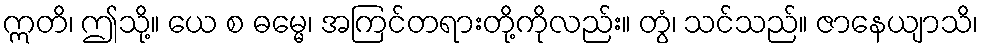
ဣတိ၊ ဤသို့။ ယေ စ ဓမ္မေ၊ အကြင်တရားတို့ကိုလည်း။ တွံ၊ သင်သည်။ ဇာနေယျာသိ၊